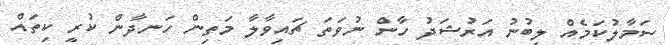
ސަމާލުކަމެއް ލިބުނު އަރުޝަދު ހާން ނުވަތަ ޗައިވާލާ މަތިން ހަނދާން ކުރީ ކިތައް